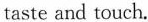
taste and touch.